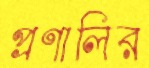
প্রণালির